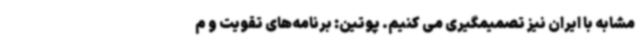
مشابه با ایران نیز تصمیمگیری می کنیم. پوتین: برنامه‌های تقویت و م